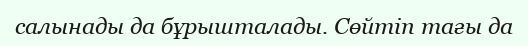
салынады да бұрышталады. Сөйтіп тағы да